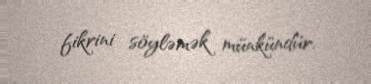
fikrini söyləmək münkündür.